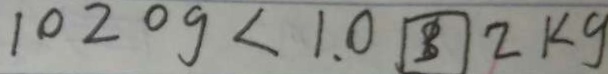
1 0 2 0 g < 1 . 0 3 2 k g